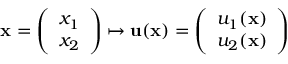
\begin{array} { r } { { \mathbf x } = \left( \begin{array} { l } { x _ { 1 } } \\ { x _ { 2 } } \end{array} \right) \mapsto { \mathbf u } ( { \mathbf x } ) = \left( \begin{array} { l } { u _ { 1 } ( { \mathbf x } ) } \\ { u _ { 2 } ( { \mathbf x } ) } \end{array} \right) } \end{array}